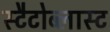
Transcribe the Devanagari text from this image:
स्टैटोब्लास्ट